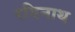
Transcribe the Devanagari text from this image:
रविनाथ